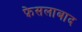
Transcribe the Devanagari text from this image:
फ़ेसलाबाद